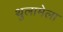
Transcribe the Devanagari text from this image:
थुलामेला